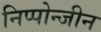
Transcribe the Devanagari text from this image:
निप्पोन्जीन